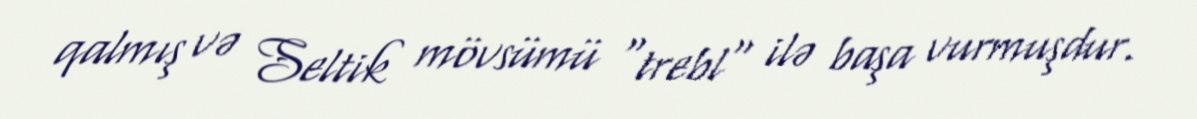
qalmış və Seltik mövsümü "trebl" ilə başa vurmuşdur.